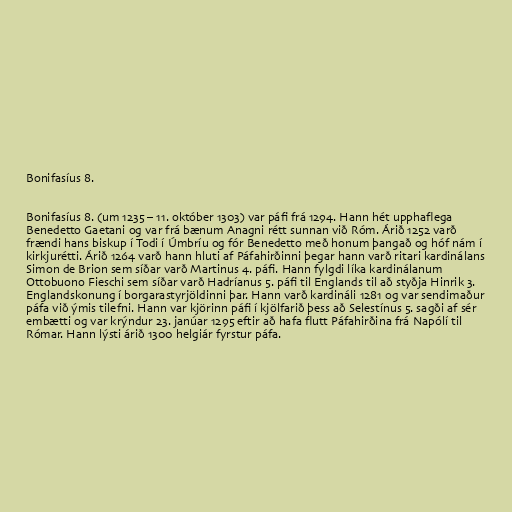
Bonifasíus 8.

Bonifasíus 8. (um 1235 – 11. október 1303) var páfi frá 1294. Hann hét upphaflega
Benedetto Gaetani og var frá bænum Anagni rétt sunnan við Róm. Árið 1252 varð
frændi hans biskup í Todi í Úmbríu og fór Benedetto með honum þangað og hóf nám í
kirkjurétti. Árið 1264 varð hann hluti af Páfahirðinni þegar hann varð ritari kardinálans
Simon de Brion sem síðar varð Martinus 4. páfi. Hann fylgdi líka kardinálanum
Ottobuono Fieschi sem síðar varð Hadríanus 5. páfi til Englands til að styðja Hinrik 3.
Englandskonung í borgarastyrjöldinni þar. Hann varð kardináli 1281 og var sendimaður
páfa við ýmis tilefni. Hann var kjörinn páfi í kjölfarið þess að Selestínus 5. sagði af sér
embætti og var krýndur 23. janúar 1295 eftir að hafa flutt Páfahirðina frá Napólí til
Rómar. Hann lýsti árið 1300 helgiár fyrstur páfa.